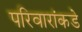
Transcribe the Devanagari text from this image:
परिवारांकडे